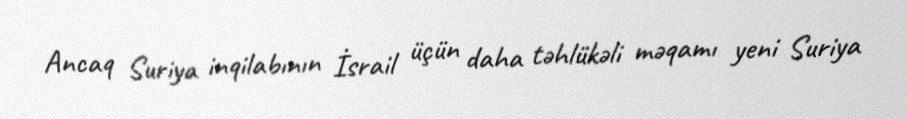
Ancaq Suriya inqilabının İsrail üçün daha təhlükəli məqamı yeni Suriya